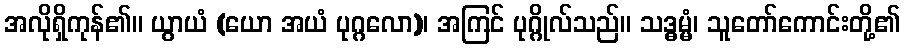
အလိုရှိကုန်၏။ ယွာယံ (ယော အယံ ပုဂ္ဂလော)၊ အကြင် ပုဂ္ဂိုလ်သည်။ သဒ္ဓမ္မံ၊ သူတော်ကောင်းတို့၏